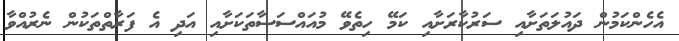
އެހެންކަމުން ދައުލަތަށާއި ސަރުކާރަށާއި ކަމޭ ހިތެވޭ މުއައްސަސާތަކަށާއި އަދި އެ ފަރާތްތަކުން ނެރުއްވާ